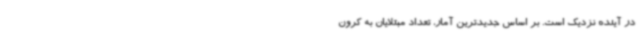
در آینده نزدیک است. بر اساس جدیدترین آمار، تعداد مبتلایان به کرون